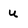
Character: u